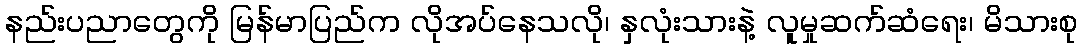
နည်းပညာတွေကို မြန်မာပြည်က လိုအပ်နေသလို၊ နှလုံးသားနဲ့ လူမှုဆက်ဆံရေး၊ မိသားစု